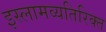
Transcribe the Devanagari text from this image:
इस्लामव्यतिरिक्त